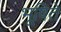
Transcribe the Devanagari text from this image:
भूषिते